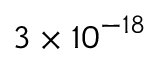
3 \ifmmode \times \else \texttimes \fi { } { 1 0 } ^ { \ensuremath { - } 1 8 }